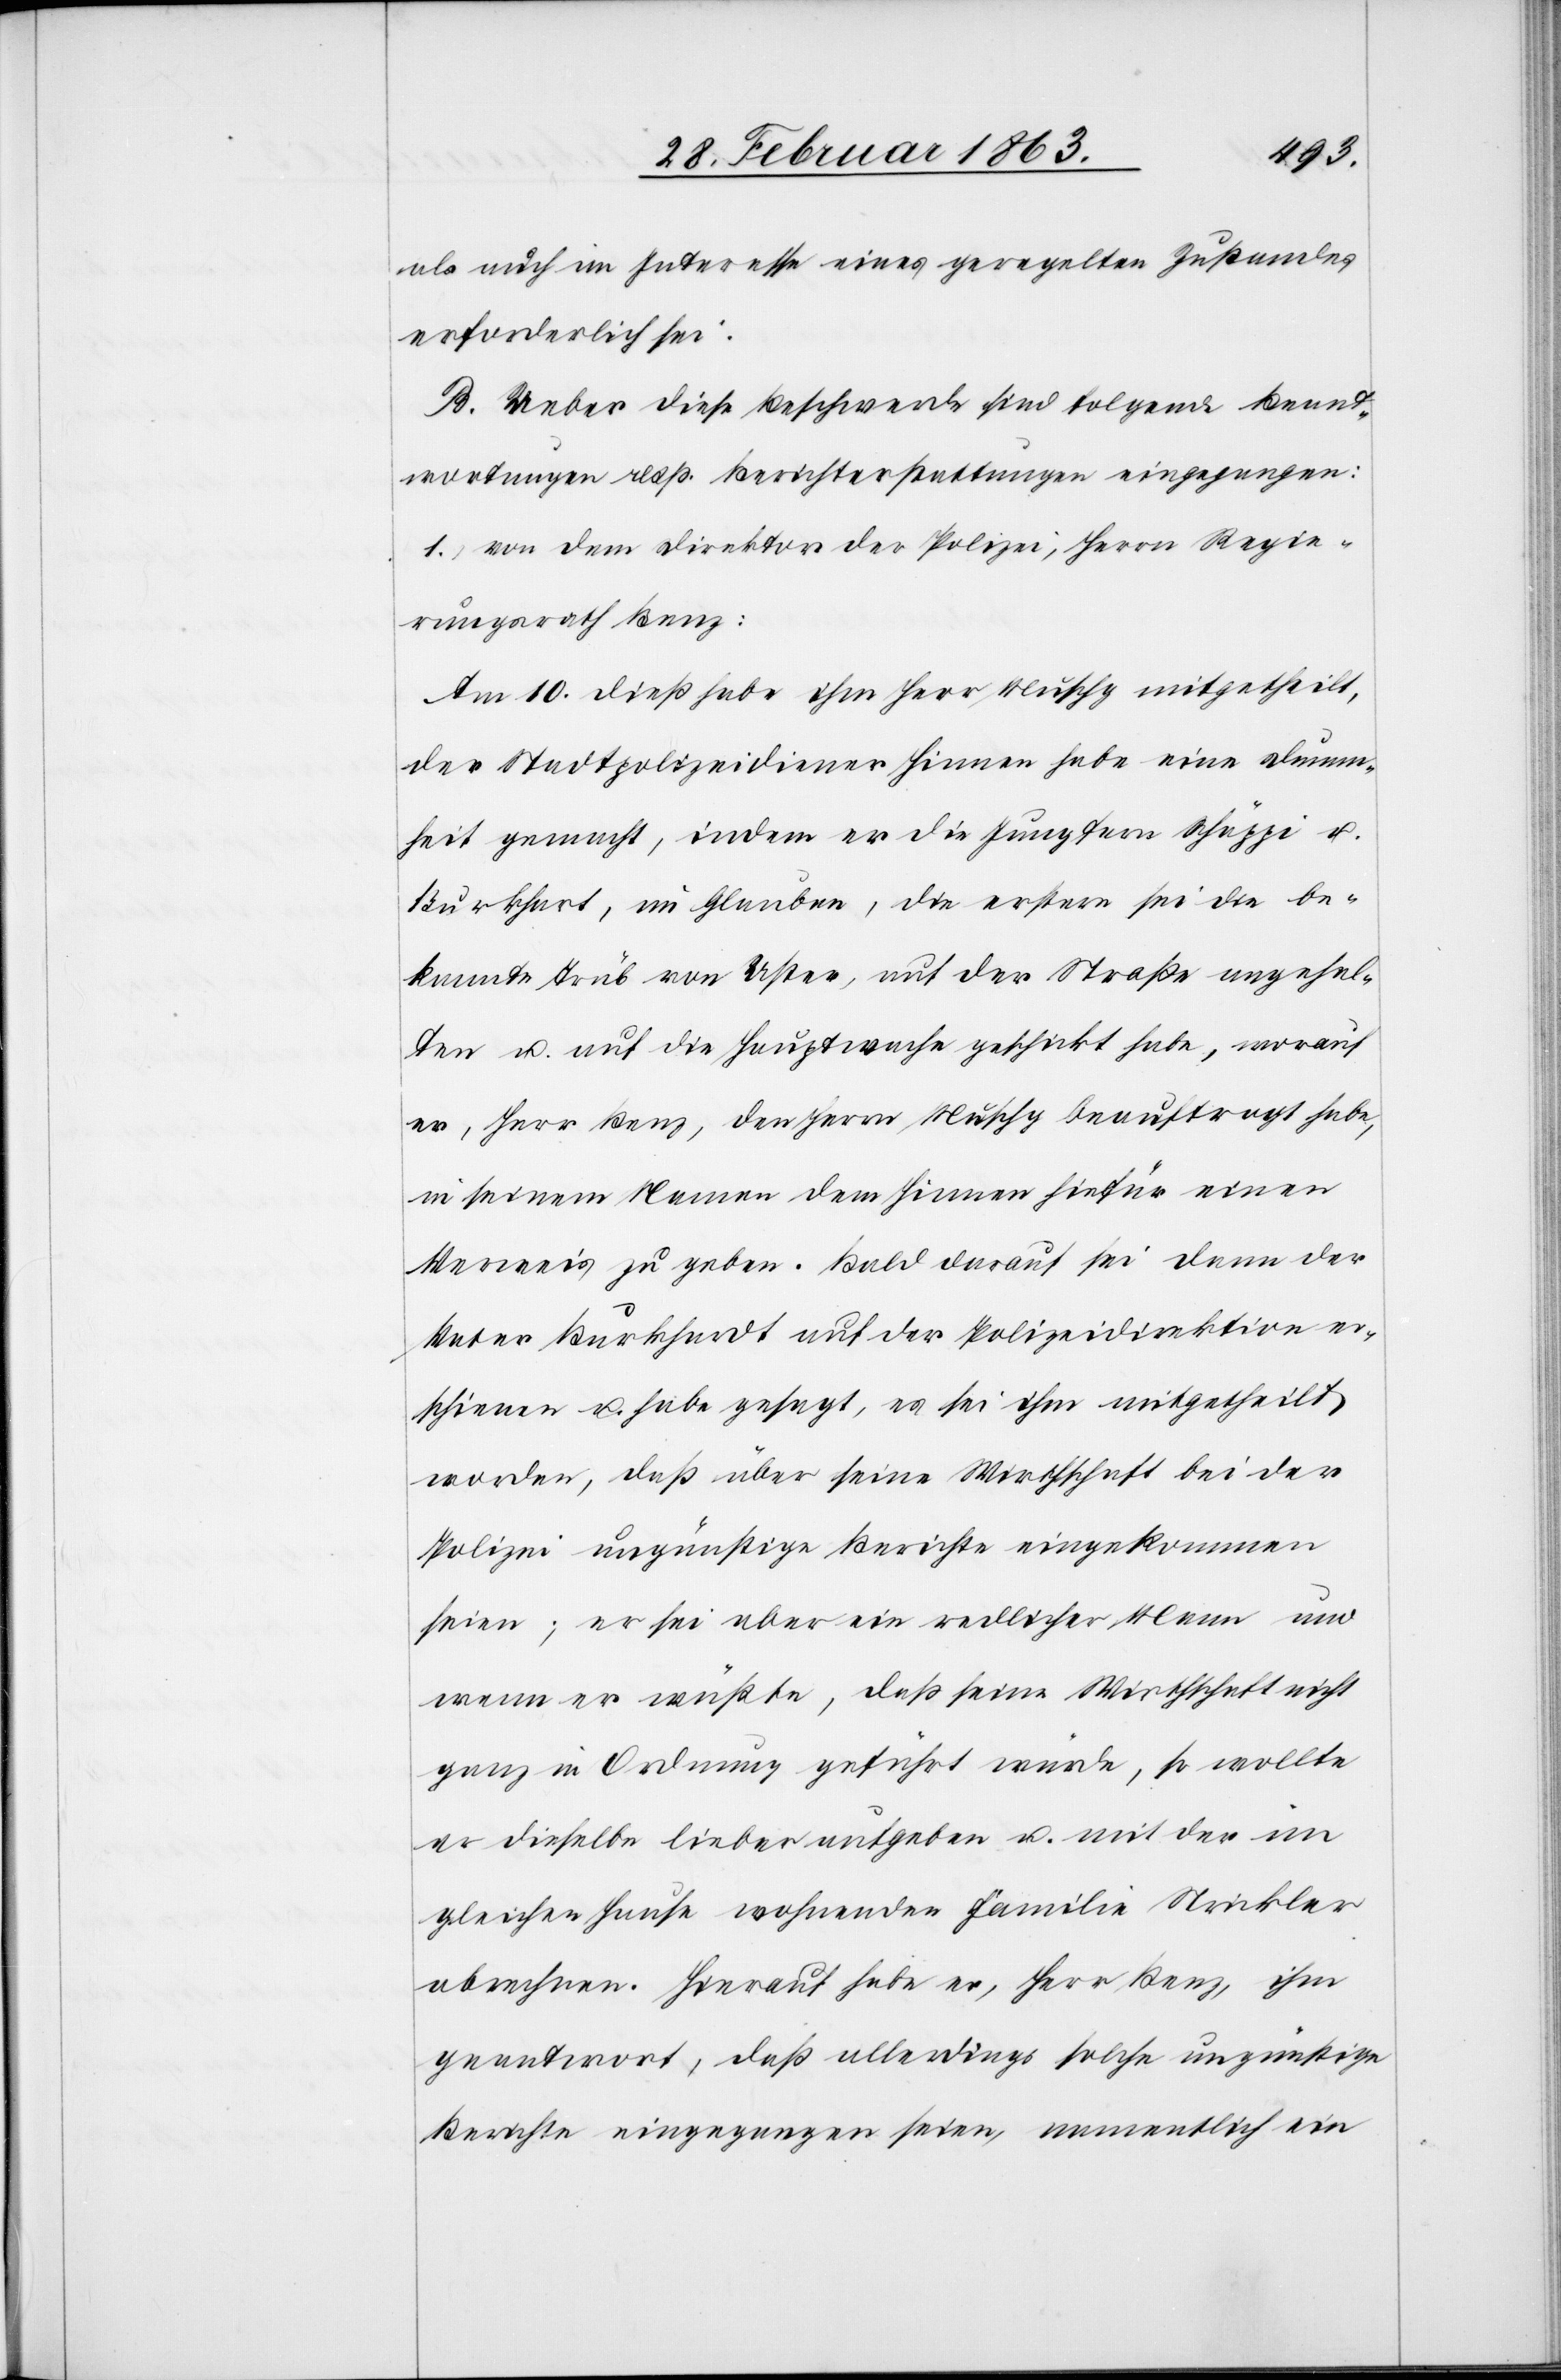
als auch im Interesse eines geregelten Zustandes
erforderlich sei.
B. Ueber diese Beschwerde sind folgende Beant¬
wortungen resp. Berichterstattungen eingegangen:
1. von dem Direktor der Polizei, Herrn Regie¬
rungsrath Benz:
Am 10. dieß habe ihm Herr Muschg mitgetheilt,
der Stadtpolizeidiener Hinnen habe eine Dumm¬
heit gemacht, indem er die Jungfern Schäppi u.
Burkhart [sic!], im Glauben, die erstere sei die be¬
kannte Trüb von Uster, auf der Straße angehal¬
ten u. auf die Hauptwache geschickt habe, worauf
er, Herr Benz, den Herrn Muschg beauftragt habe,
in seinem Namen dem Hinnen hiefür einen
Verweis zu geben. Bald darauf sei dann der
Vater Burkhardt auf der Polizeidirektion er¬
schienen u. habe gesagt, es sei ihm mitgetheilt
worden, daß über seine Wirthschaft bei der
Polizei ungünstige Berichte eingekommen
seien; er sei aber ein redlicher Mann und
wenn er wüßte, daß seine Wirthschaft nicht
ganz in Ordnung geführt würde, so wollte
er dieselbe lieber aufgeben u. mit der im
gleichen Hause wohnenden Familie Strickler
abrechnen. Hierauf habe er, Herr Benz, ihm
geantwort[et], daß allerdings solche ungünstigen
Berichte eingegangen seien, namentlich ein